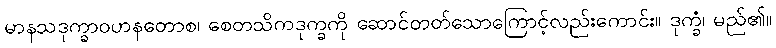
မာနသဒုက္ခာဝဟနတောစ၊ စေတသိကဒုက္ခကို ဆောင်တတ်သောကြောင့်လည်းကောင်း။ ဒုက္ခံ၊ မည်၏။